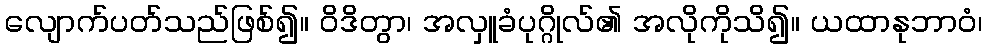
လျောက်ပတ်သည်ဖြစ်၍။ ဝိဒိတွာ၊ အလှူခံပုဂ္ဂိုလ်၏ အလိုကိုသိ၍။ ယထာနုဘာဝံ၊